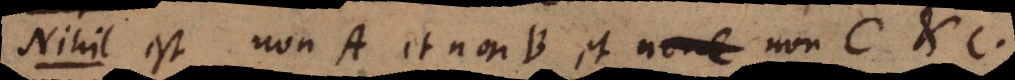
i l est non A et non B et non C etc.